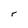
Character: r